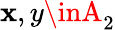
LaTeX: \mathbf{x},y\inA_{2}